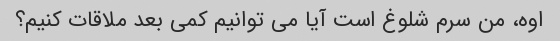
اوه، من سرم شلوغ است آیا می توانیم کمی بعد ملاقات کنیم؟